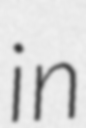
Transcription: in